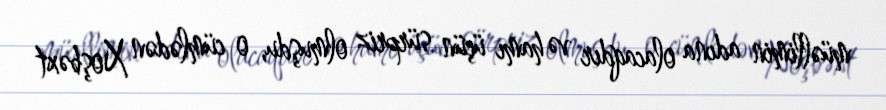
müəllimin adına olacaqdır və hamı üçün sürpriz olmuşdu, o cümlədən Xoşbəxt